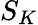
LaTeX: S_{K}